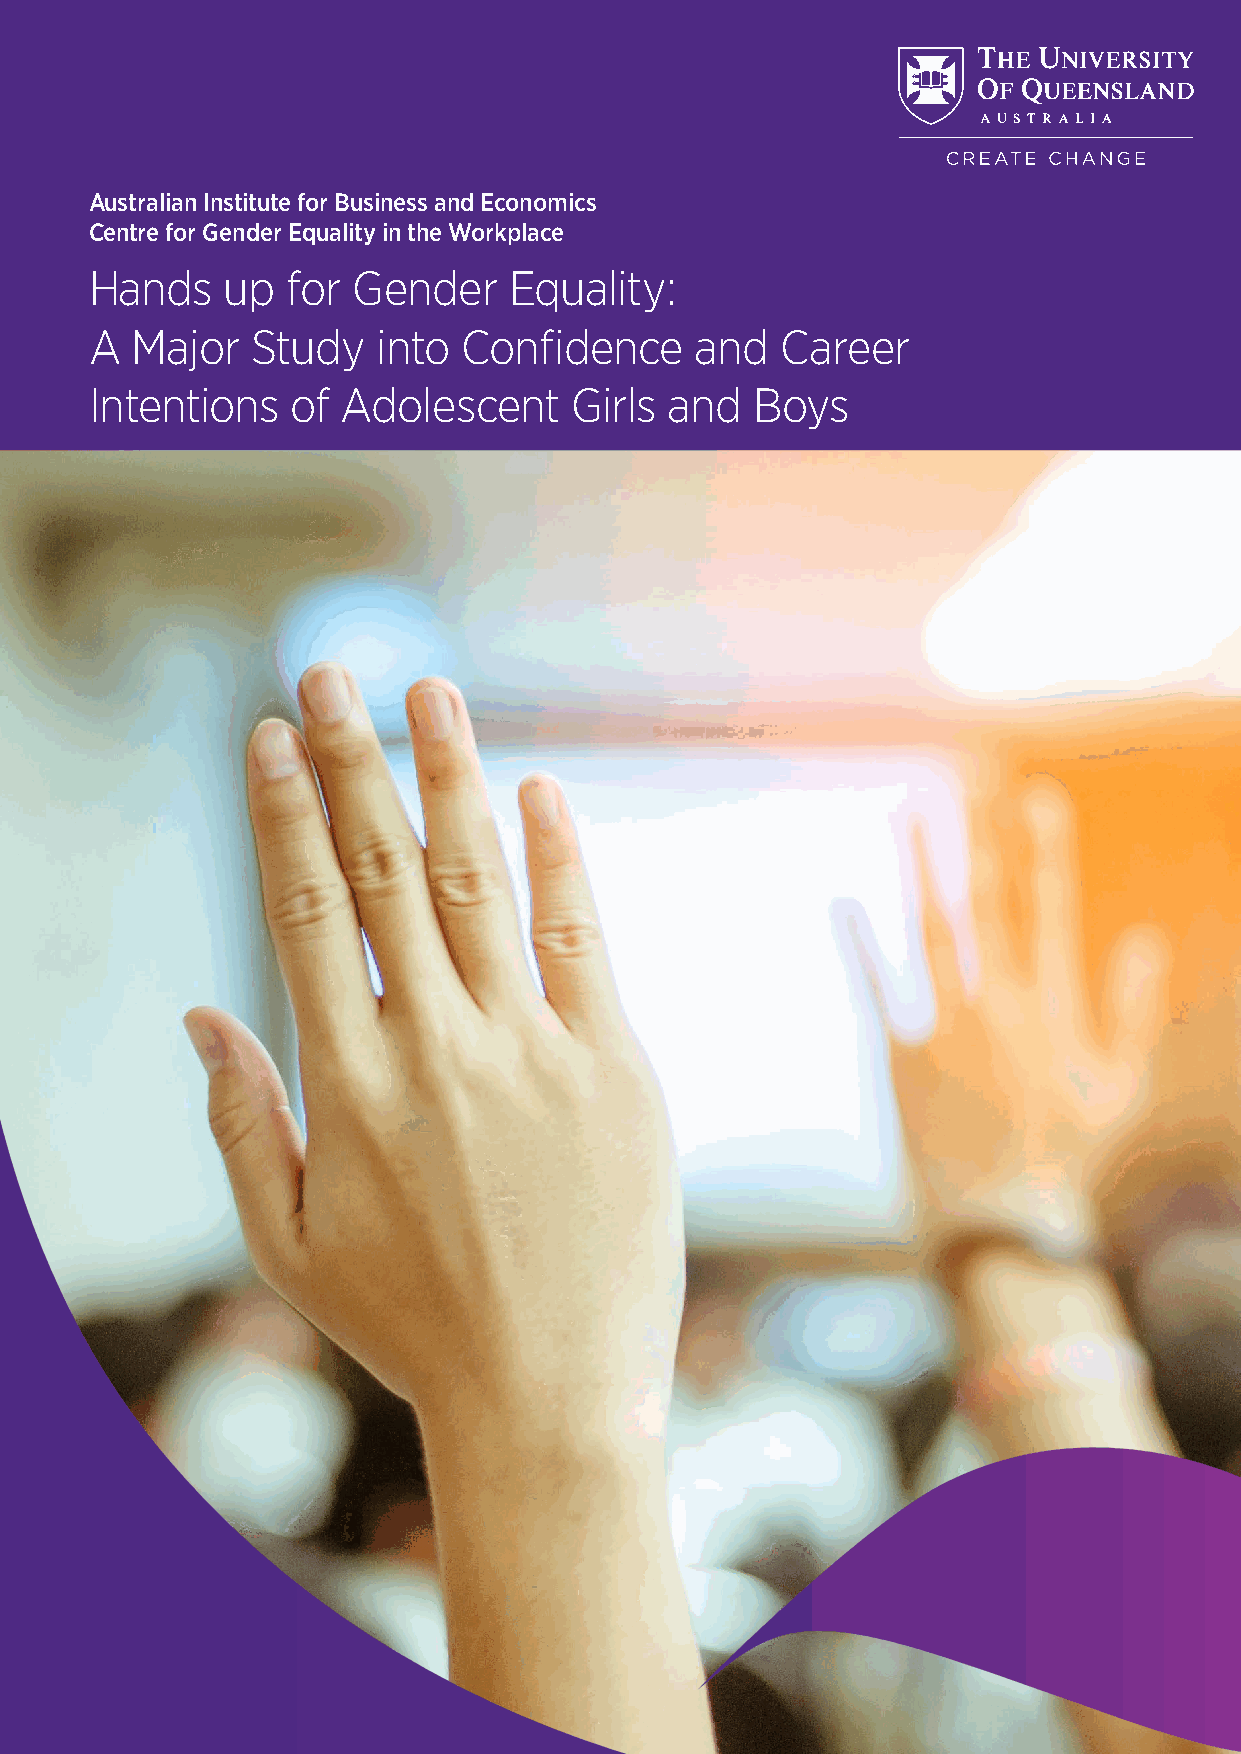
Australian Institute for Business and Economics
 Centre for Gender Equality in the Workplace
 Hands    up  for Gender     Equality:
 A  Major   Study   into Confidence      and   Career
 Intentions   of  Adolescent     Girls and   Boys